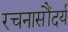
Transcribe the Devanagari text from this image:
रचनासौंदर्य